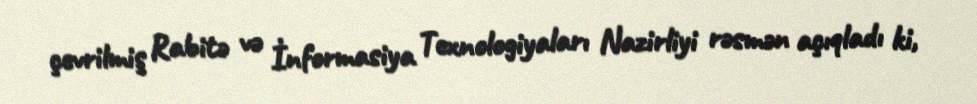
çevrilmiş Rabitə və İnformasiya Texnologiyaları Nazirliyi rəsmən açıqladı ki,